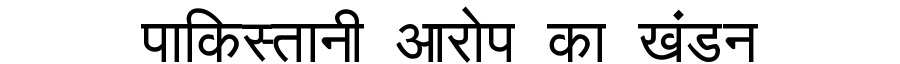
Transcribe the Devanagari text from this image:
पाकिस्तानी आरोप का खंडन